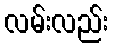
လမ်းလည်း